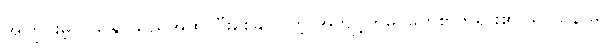
အကြွင်းမဲ့ ပယ်နိုင်သည်အထိ ပြီးစေနိုင်ပါတဲ့ အကျင့်ကိုမှ မြတ်စွာဘုရား၏ သာသနာမှာ